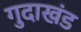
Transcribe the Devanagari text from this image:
गुदाखंड